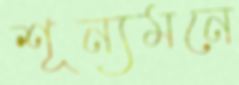
শূন্যমনে